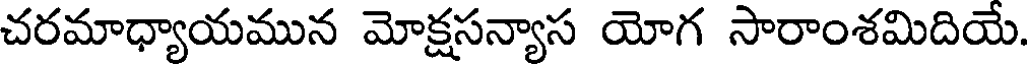
చరమాధ్యాయమున మోక్షసన్యాస యోగ సారాంశమిదియే